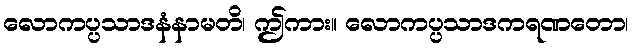
လောကပ္ပသာဒနံနာမတိ၊ ဤကား။ လောကပ္ပသာဒကရဏတော၊